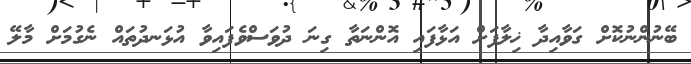
ބޭނުންނުކޮށް ގަވާއިދާ ޚިލާފަށް އަޅާފައި އޮންނަތާ ގިނަ ދުވަސްވެފައިވާ އުޅަނދުތައް ނެގުމަށް މާލޭ